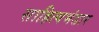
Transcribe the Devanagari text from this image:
साहित्यभंडार